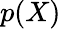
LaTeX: p(X)